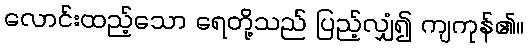
လောင်းထည့်သော ရေတို့သည် ပြည့်လျှံ၍ ကျကုန်၏။